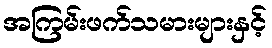
အကြမ်းဖက်သမားများနှင့်